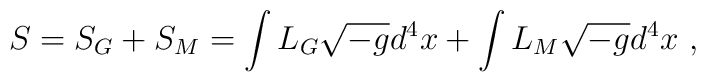
S=S_G+S_M=\int L_G \sqrt{-g} d^4x + \int L_M \sqrt{-g} d^4x\ ,